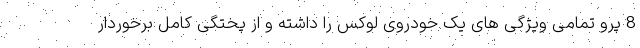
8 پرو تمامی ویژگی های یک خودروی لوکس را داشته و از پختگی کامل برخوردار